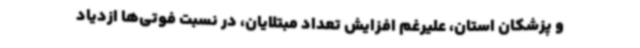
و پزشکان استان، علیرغم افزایش تعداد مبتلایان، در نسبت فوتی‌ها ازدیاد